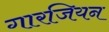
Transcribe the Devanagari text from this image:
गारजियन